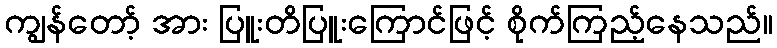
ကျွန်တော့် အား ပြူးတိပြူးကြောင်ဖြင့် စိုက်ကြည့်နေသည်။